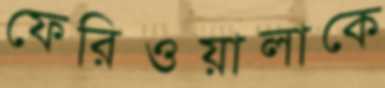
ফেরিওয়ালাকে